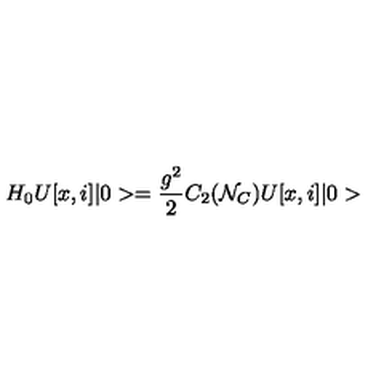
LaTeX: H _ { 0 } U [ x , i ] \vert 0 > = { \frac { g ^ { 2 } } { 2 } } C _ { 2 } ( { \cal N } _ { C } ) U [ x , i ] \vert 0 >